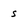
Character: s